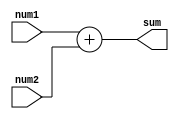
module Adder(
    input [31:0] num1,
    input [31:0] num2,
    output reg [31:0] sum
);

always @(*) begin
    sum = num1 + num2;
end

endmodule